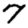
Digit: 7